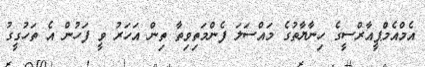
އެމްއެމްޕީއާރްސީގެ ހިނާޔާތުގެ މައްސަލަ ފެންމަތިވިތާ ތިން އަހަރު ވީ ފަހުން އެ ތަހުގީގު